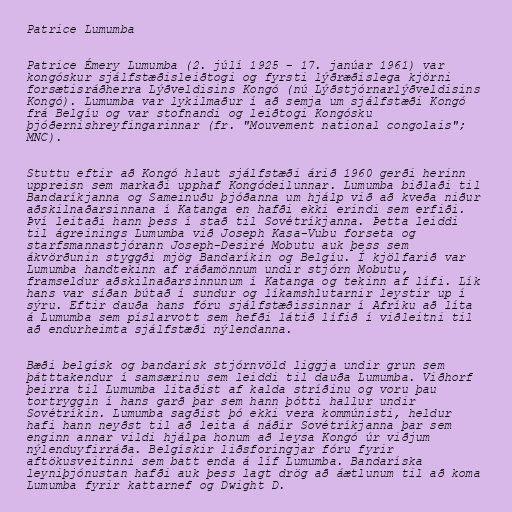
Patrice Lumumba

Patrice Émery Lumumba (2. júlí 1925 – 17. janúar 1961) var
kongóskur sjálfstæðisleiðtogi og fyrsti lýðræðislega kjörni
forsætisráðherra Lýðveldisins Kongó (nú Lýðstjórnarlýðveldisins
Kongó). Lumumba var lykilmaður í að semja um sjálfstæði Kongó
frá Belgíu og var stofnandi og leiðtogi Kongósku
þjóðernishreyfingarinnar (fr. "Mouvement national congolais";
MNC).

Stuttu eftir að Kongó hlaut sjálfstæði árið 1960 gerði herinn
uppreisn sem markaði upphaf Kongódeilunnar. Lumumba biðlaði til
Bandaríkjanna og Sameinuðu þjóðanna um hjálp við að kveða niður
aðskilnaðarsinnana í Katanga en hafði ekki erindi sem erfiði.
Því leitaði hann þess í stað til Sovétríkjanna. Þetta leiddi
til ágreinings Lumumba við Joseph Kasa-Vubu forseta og
starfsmannastjórann Joseph-Desiré Mobutu auk þess sem
ákvörðunin styggði mjög Bandaríkin og Belgíu. Í kjölfarið var
Lumumba handtekinn af ráðamönnum undir stjórn Mobutu,
framseldur aðskilnaðarsinnunum í Katanga og tekinn af lífi. Lík
hans var síðan bútað í sundur og líkamshlutarnir leystir up í
sýru. Eftir dauða hans fóru sjálfstæðissinnar í Afríku að líta
á Lumumba sem píslarvott sem hefði látið lífið í viðleitni til
að endurheimta sjálfstæði nýlendanna.

Bæði belgísk og bandarísk stjórnvöld liggja undir grun sem
þátttakendur í samsærinu sem leiddi til dauða Lumumba. Viðhorf
þeirra til Lumumba litaðist af kalda stríðinu og voru þau
tortryggin í hans garð þar sem hann þótti hallur undir
Sovétríkin. Lumumba sagðist þó ekki vera kommúnisti, heldur
hafi hann neyðst til að leita á náðir Sovétríkjanna þar sem
enginn annar vildi hjálpa honum að leysa Kongó úr viðjum
nýlenduyfirráða. Belgískir liðsforingjar fóru fyrir
aftökusveitinni sem batt enda á líf Lumumba. Bandaríska
leyniþjónustan hafði auk þess lagt drög að áætlunum til að koma
Lumumba fyrir kattarnef og Dwight D.